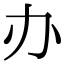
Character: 办